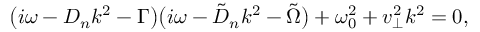
\big ( i \omega - D _ { n } k ^ { 2 } - \Gamma \big ) \big ( i \omega - \tilde { D } _ { n } k ^ { 2 } - \tilde { \Omega } \big ) + \omega _ { 0 } ^ { 2 } + v _ { \perp } ^ { 2 } k ^ { 2 } = 0 ,